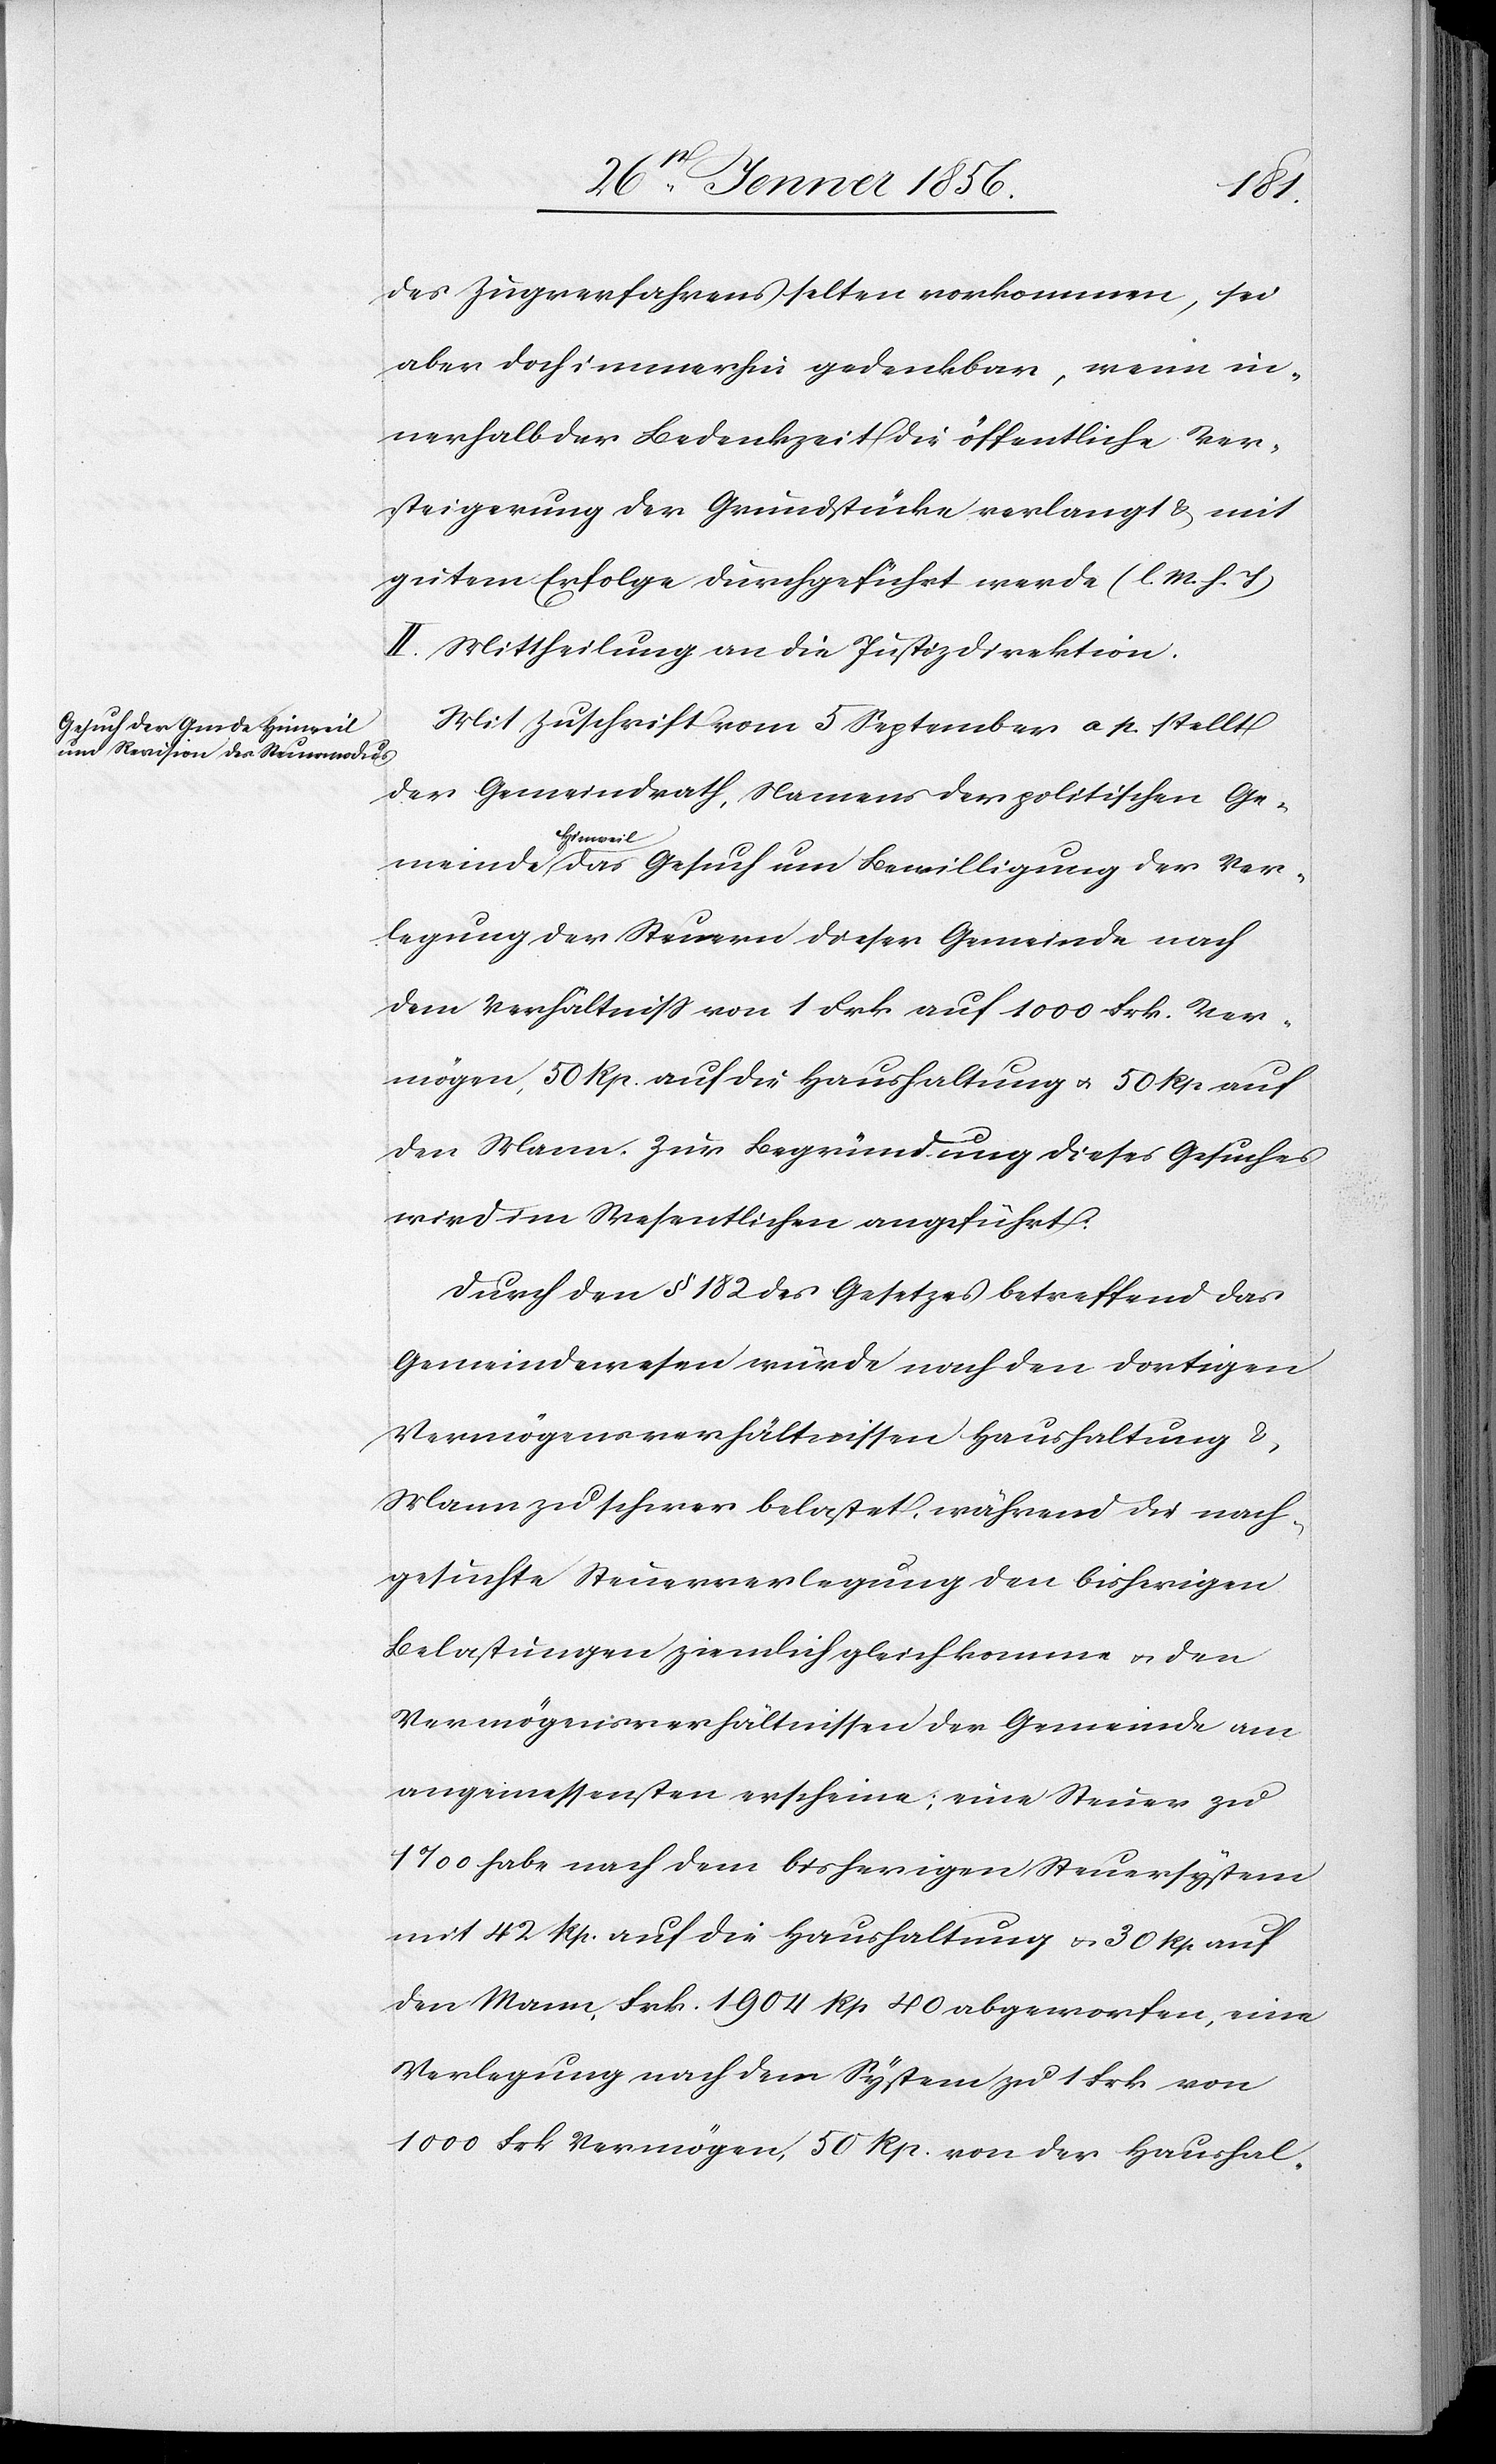
a-Hin¬
des Zugverfahrens selten vorkommen, sei
aber doch immerhin gedenkbar, wenn in¬
nerhalb der Bedenkzeit die öffentliche Ver¬
steigerung der Grundstücke verlangt u. mit
gutem Erfolge durchgeführt werde (l. M. h. J)
II. Mittheilung an die Justizdirektion.
Mit Zuschrift vom 5 September a p. stellt
der Gemeindrath, Namens der politischen Ge¬
weil-a das Gesuch um Bewilligung der Ver¬
legung der Steuern dieser Gemeinde nach
dem Verhältniß von 1 Frk auf 1000 Frk. Ver¬
mögen, 50 Rp. auf die Haushaltung u. 50 Rp auf
den Mann. Zur Begründung dieses Gesuches
wird im Wesentlichen angeführt:
Durch den § 182 des Gesetzes betreffend das
Gemeindewesen würde nach den dortigen
Vermögensverhältnissen Haushaltung &
Mann zu schwer belastet, während die nach¬
gesuchte Steuerverlegung den bisherigen
Belastungen ziemlich gleichkomme u. den
Vermögensverhältnissen der Gemeinde am
angemessensten erscheine; eine Steuer zu
1‰ habe nach dem bisherigen Steuersystem
mit 42 Rp. auf die Haushaltung u. 30 Rp auf
den Mann, Frk. 1904 Rp 40 abgeworfen, eine
Verlegung nach dem System zu 1 Frk von
1000 Frk Vermögen, 50 Rp. von der Haushal-